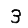
Digit: 3